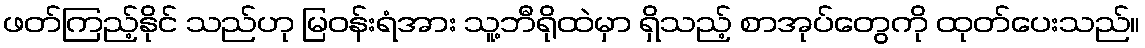
ဖတ်ကြည့်နိုင် သည်ဟု မြဝန်းရံအား သူ့ဘီရိုထဲမှာ ရှိသည့် စာအုပ်တွေကို ထုတ်ပေးသည်။